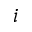
i